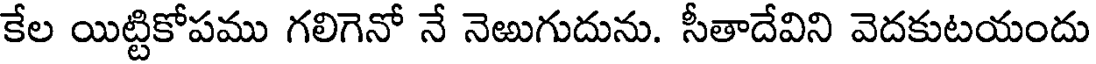
కేల యిట్టికోపము గలిగెనో నే నెఱుగుదును. సీతాదేవిని వెదకుటయందు